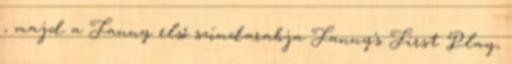
, majd a Fanny első színdarabja Fanny's First Play,